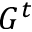
G ^ { t }